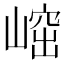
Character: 𡺴